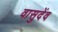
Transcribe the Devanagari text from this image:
वासुदेंव